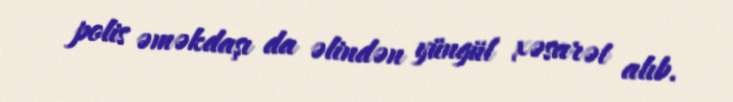
polis əməkdaşı da əlindən yüngül xəsarət alıb.